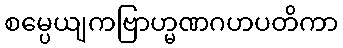
စမ္ပေယျကဗြာဟ္မဏဂဟပတိကာ